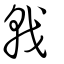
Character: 戟